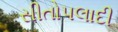
સીતોપલાદી